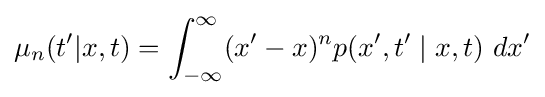
\mu _{n}(t'|x,t)=\int _{-\infty }^{\infty }(x'-x)^{n}p(x',t'\mid x,t)\ dx'